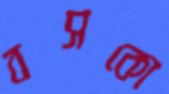
বসকো